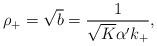
LaTeX: \begin{align*}\rho_+=\sqrt{b}=\frac{1}{\sqrt{K}\alpha'k_+},\end{align*}